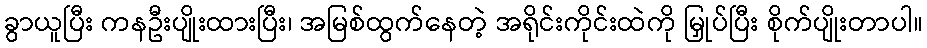
ခွာယူပြီး ကနဦးပျိုးထားပြီး၊ အမြစ်ထွက်နေတဲ့ အရိုင်းကိုင်းထဲကို မြှုပ်ပြီး စိုက်ပျိုးတာပါ။